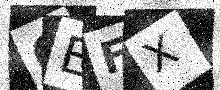
Text: OEFX